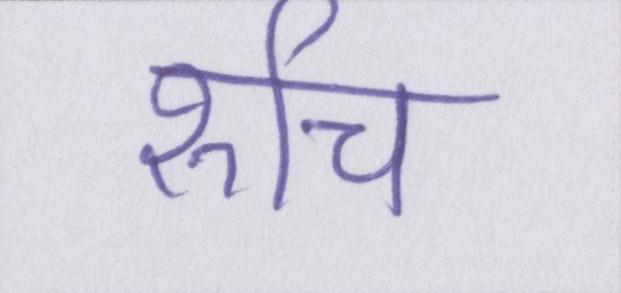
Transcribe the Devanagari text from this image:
रूचि